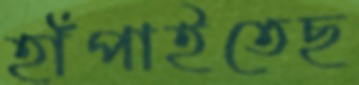
হাঁপাইতেছ